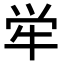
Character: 𫞢